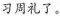
习周礼了。